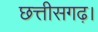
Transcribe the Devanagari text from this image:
छत्तीसगढ़।